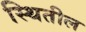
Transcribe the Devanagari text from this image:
स्थितील